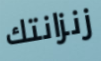
زنزانتك